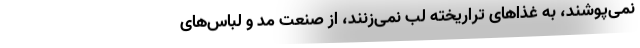
نمی‌پوشند، به غذاهای تراریخته لب نمی‌زنند، از صنعت مد و لباس‌های